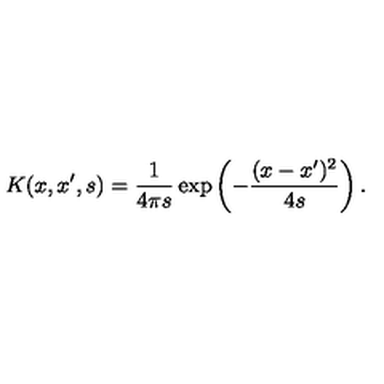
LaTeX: K ( x , x ^ { \prime } , s ) = { \frac { 1 } { 4 \pi s } } \exp \left( - { \frac { ( x - x ^ { \prime } ) ^ { 2 } } { 4 s } } \right) .